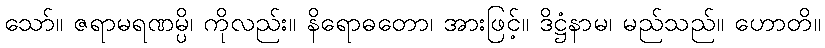
သော်။ ဇရာမရဏမ္ပိ၊ ကိုလည်း။ နိရောဓတော၊ အားဖြင့်။ ဒိဋ္ဌံနာမ၊ မည်သည်။ ဟောတိ။